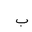
Letter: _ba